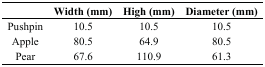
|  | Width (mm) | High (mm) | Diameter (mm) |
 | --- | --- | --- | --- |
 | Pushpin | 10.5 | 10.5 | 10.5 |
 | Apple | 80.5 | 64.9 | 80.5 |
 | Pear | 67.6 | 110.9 | 61.3 |